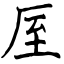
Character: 厔